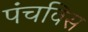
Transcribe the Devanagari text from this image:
पंचविस